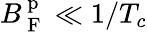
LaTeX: B_{\mathrm{~F~}}^{\mathrm{~p~}}\ll 1/T_{c}